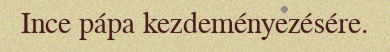
Ince pápa kezdeményezésére.